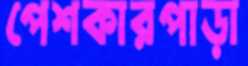
পেশকারপাড়া